Source: Handwritten
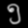
Digit: ၅ (5)